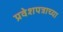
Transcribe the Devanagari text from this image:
प्रवेशपत्राच्या